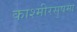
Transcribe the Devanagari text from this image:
काश्मीरसुषमा